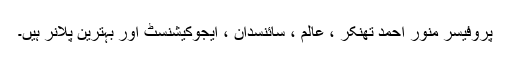
پروفیسر منور احمد تھنکر ، عالم ، سائنسدان ، ایجوکیشنسٹ اور بہترین پلانر ہیں۔